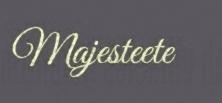
Majesteete